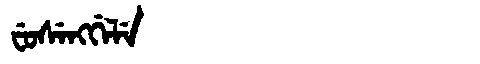
Manchu: ᠸᡠᠰᡝᠩᡤᡝᠯᡝ
Romanization: FUSENGGELE